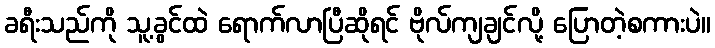
ခရီးသည်ကို သူ့ခွင်ထဲ ရောက်လာပြီဆိုရင် ဗိုလ်ကျချင်လို့ ပြောတဲ့စကားပဲ။